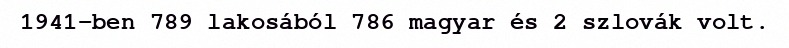
1941-ben 789 lakosából 786 magyar és 2 szlovák volt.